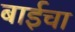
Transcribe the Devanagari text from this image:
बाईचा